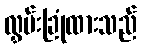
လွှမ်းခြုံထားသည်